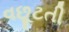
વછૂટતી